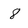
Character: 8